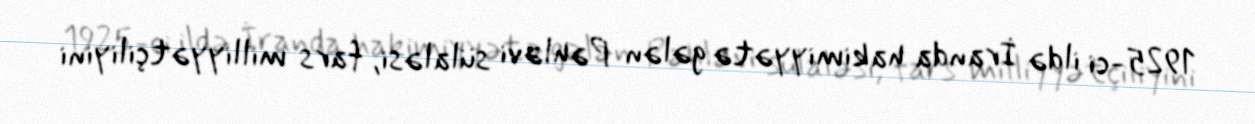
1925-ci ildə İranda hakimiyyətə gələn Pəhləvi sülaləsi, fars milliyyətçiliyini